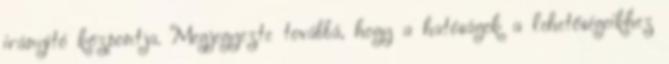
irányító központja. Megjegyezte továbbá, hogy a hatóságok a lehetőségeikhez